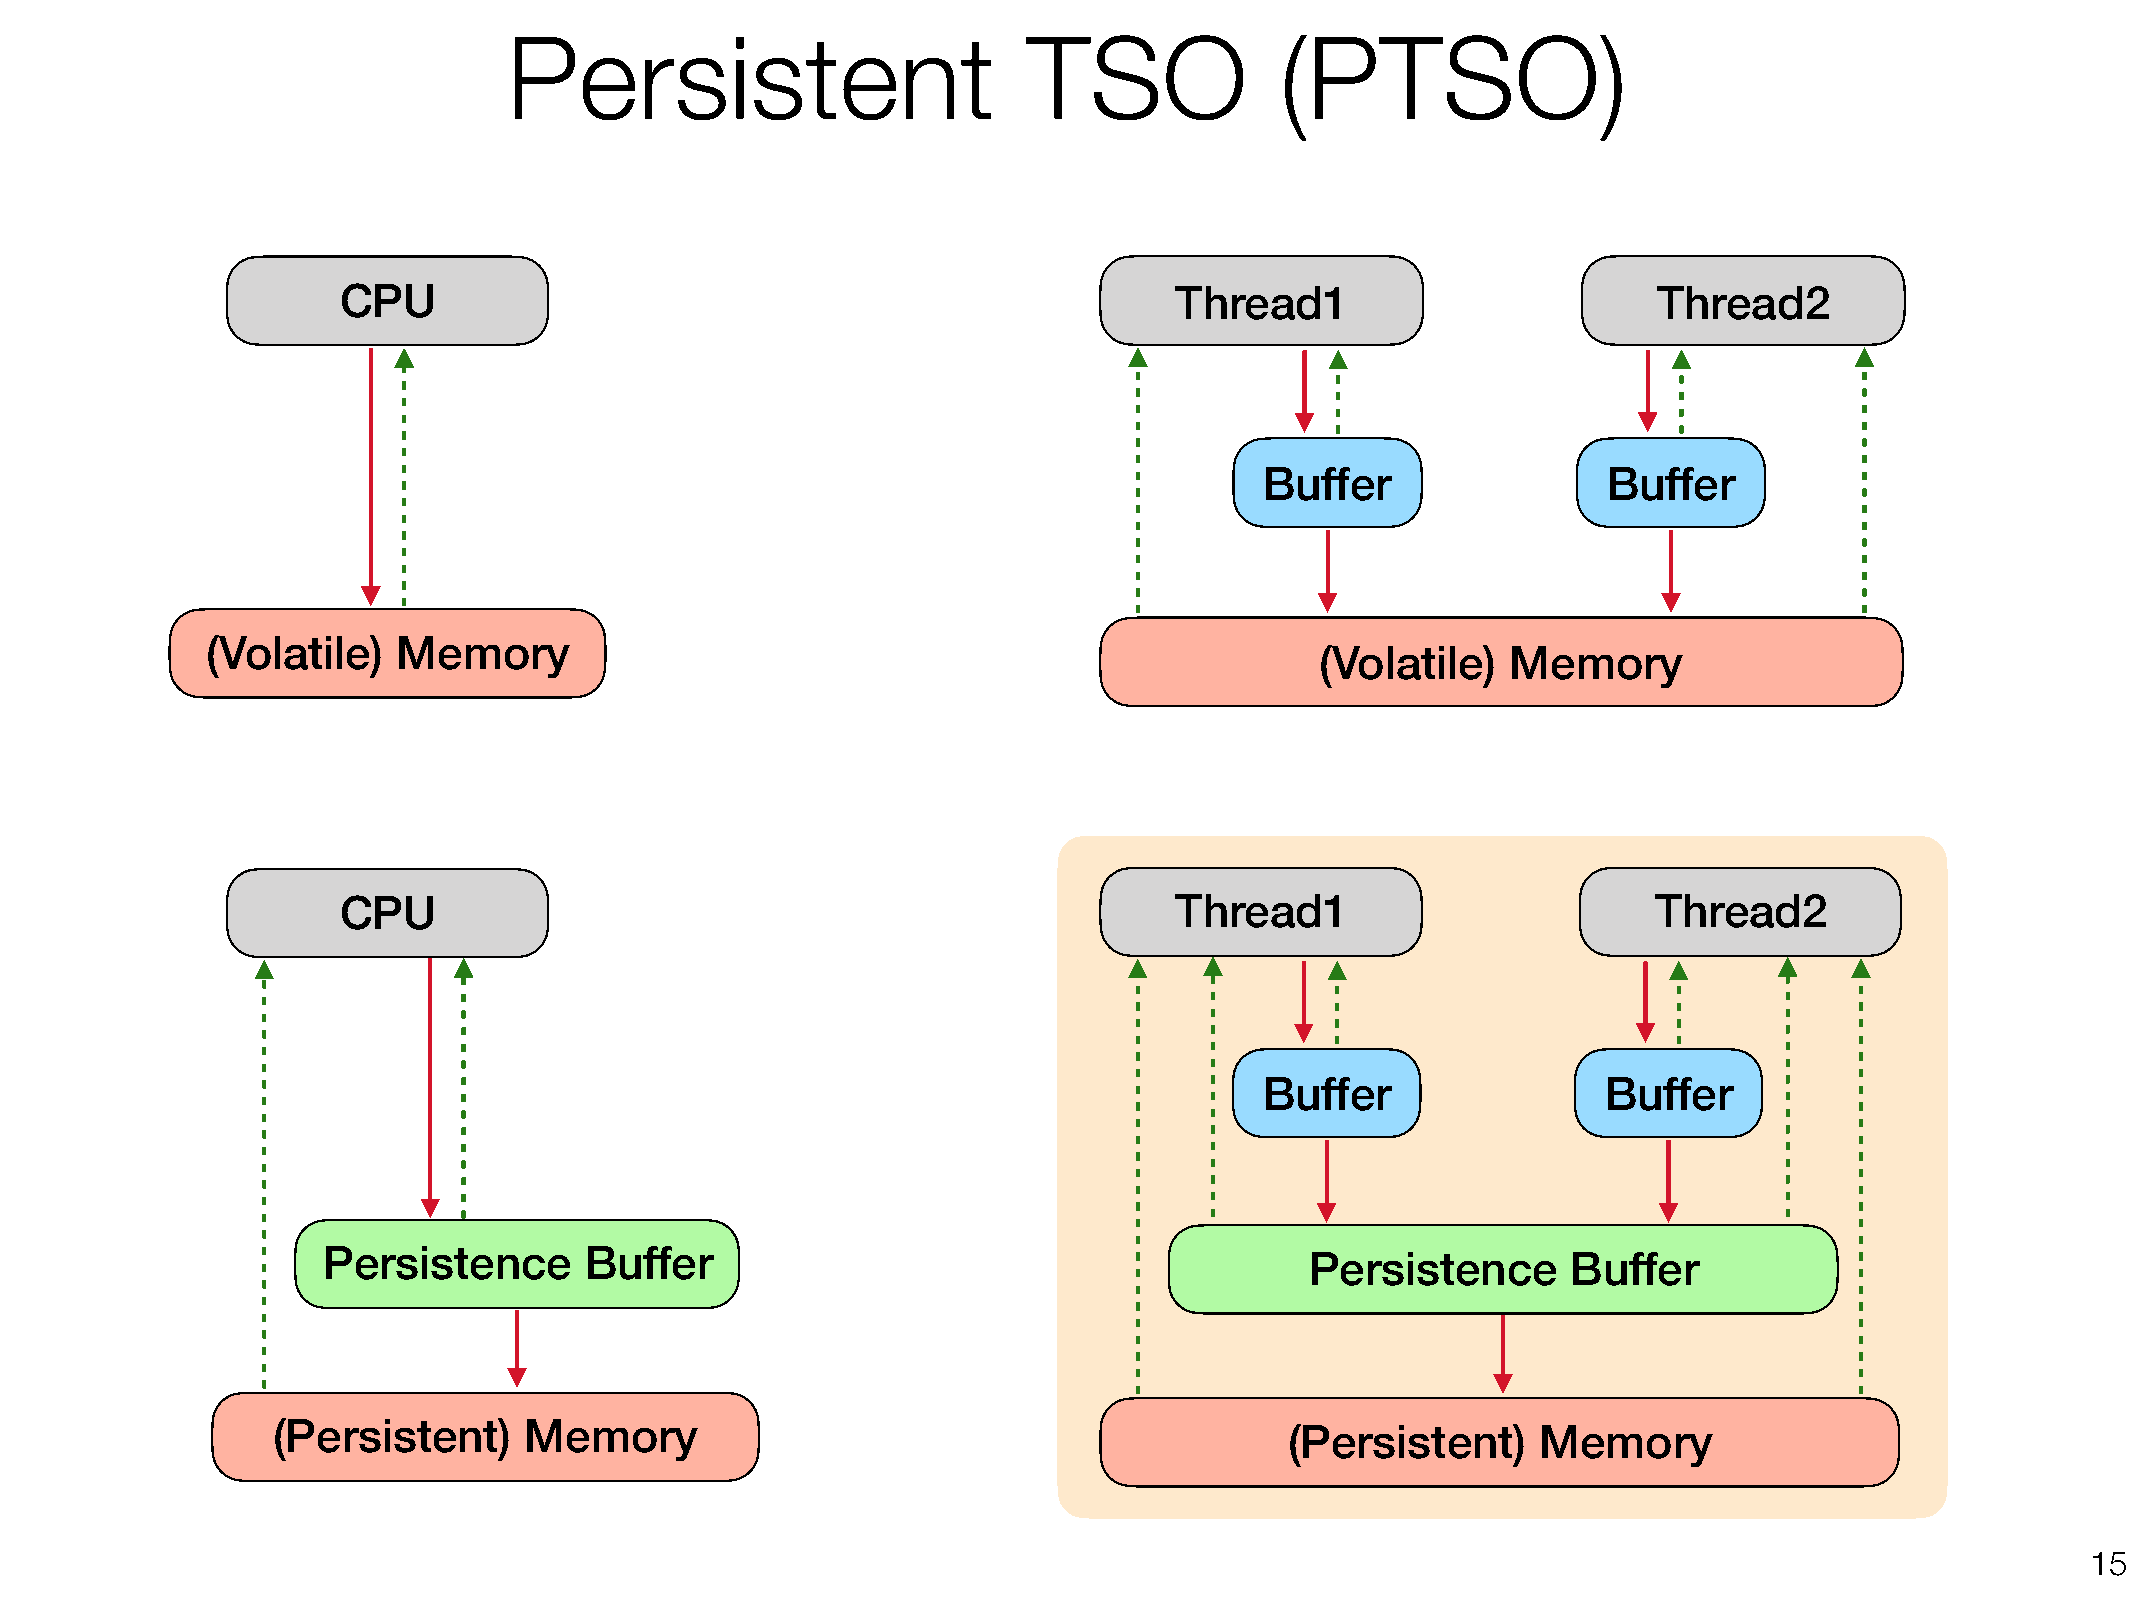
Persistent                        TSO              (PTSO)
 CPU                                                     Thread1                         Thread2
 Buffer                Buffer
 (Volatile)  Memory
 (Volatile)   Memory
 CPU                                                     Thread1                         Thread2
 Buffer                Buffer
 Persistence       Buffer                                          Persistence      Buffer
 (Persistent)     Memory                                            (Persistent)     Memory
 !15